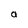
Character: a